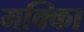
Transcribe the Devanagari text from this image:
मक्काि